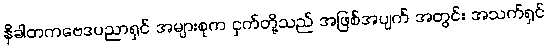
နိခါတကဗေဒပညာရှင် အများစုက ငှက်တို့သည် အဖြစ်အပျက် အတွင်း အသက်ရှင်